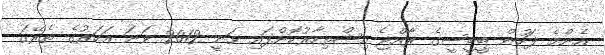
އެންމެ ފަހުން ބީބީސީގެ ރާއްޖެ އިޝްތިހާރުކޮށްފައި ވަނީ 2012 ވަނަ އަހަރުގެ ތެރޭގަ